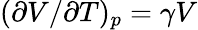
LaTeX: (\partial V/\partial T)_{p}=\gamma V